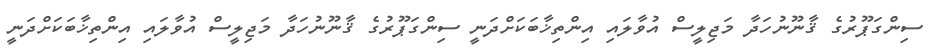
ސިންގަޕޫރުގެ ޤާނޫނުހަދާ މަޖިލީސް އުވާލައި އިންތިޚާބަކަށްދަނީ ސިންގަޕޫރުގެ ޤާނޫނުހަދާ މަޖިލީސް އުވާލައި އިންތިޚާބަކަށްދަނީ